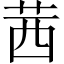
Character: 茜